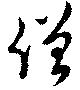
僧